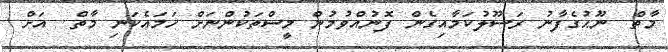
މާތް  ނޫޙުގެފާނު ރަސޫލުކަމާއިގެން ފޮނުއްވުމުން މީސްތަކުންނަށް ހަމައެކަނި މާތް  އަށް